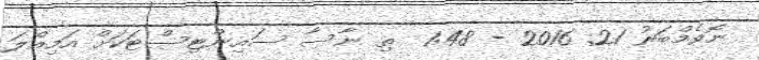
ނޮވެމްބަރު 21